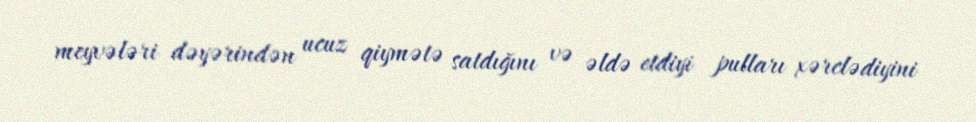
meyvələri dəyərindən ucuz qiymətə satdığını və əldə etdiyi pulları xərclədiyini